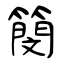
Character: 簢